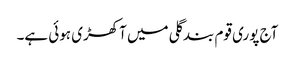
آج پوری قوم بندگلی میں آکھڑی ہوئی ہے۔